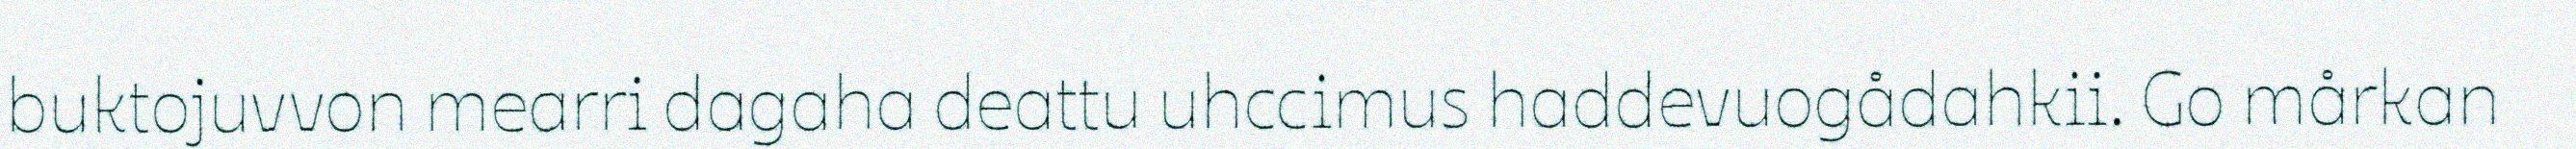
buktojuvvon mearri dagaha deattu uhccimus haddevuogådahkii. Go mårkan